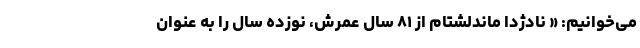
می‌خوانیم: « نادژدا ماندلشتام از ۸۱ سال عمرش، نوزده سال را به عنوان